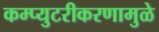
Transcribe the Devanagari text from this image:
कम्प्युटरीकरणामुळे